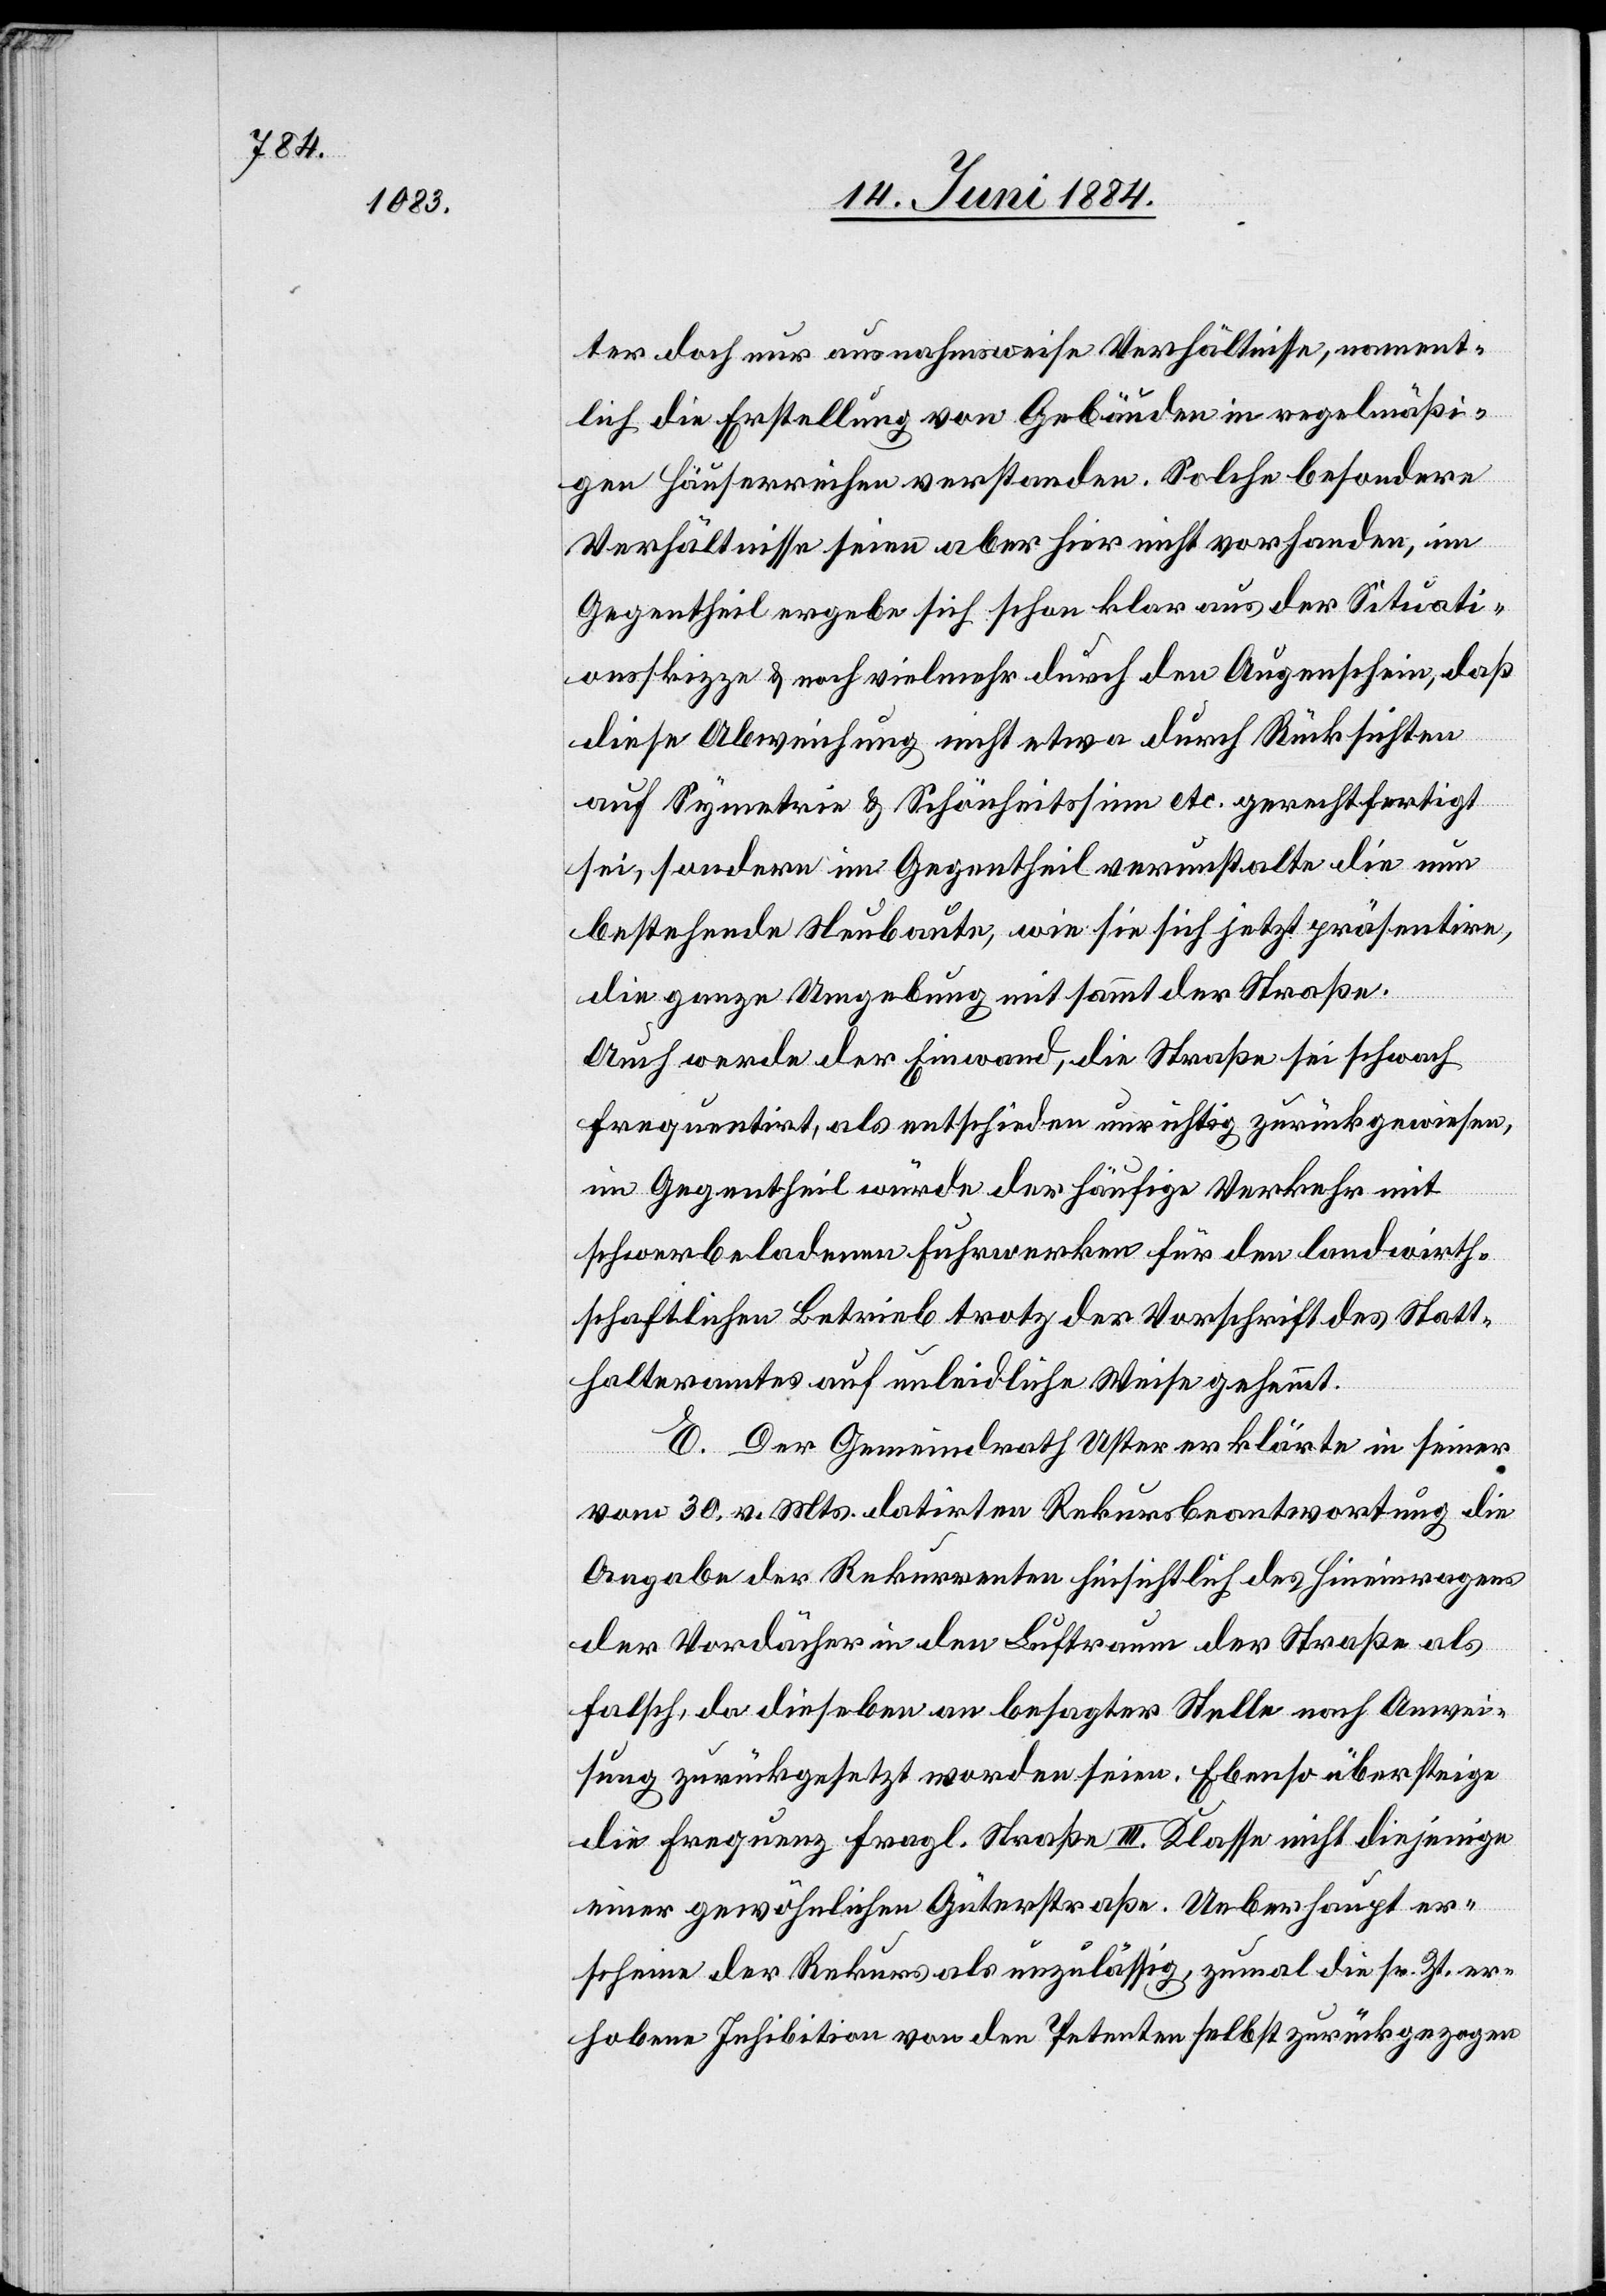
ter doch nur ausnahmsweise Verhältnisse, nament¬
lich die Erstellung von Gebäuden in regelmäßi¬
gen Häuserreihen verstanden. Solche besondere
Verhältnisse seien aber hier nicht vorhanden, im
Gegentheil ergebe sich schon klar aus der Situati¬
onsskizze & noch vielmehr durch den Augenschein, daß
diese Abweichung nicht etwa durch Rücksichten
auf Symetrie & Schönheitssinn etc. gerechtfertigt
sei, sondern im Gegentheil verunstalte die nun
bestehende Neubaute, wie sie sich jetzt präsentire,
die ganze Umgebung mit sammt der Straße.
Auch werde der Einwand, die Straße sei schwach
frequentirt, als entschieden unrichtig zurückgewiesen,
im Gegentheil würde der häufige Verkehr mit
schwerbeladenen Fuhrwerken für den landwirth¬
schaftlichen Betrieb trotz der Vorschrift des Statt¬
halteramtes auf unleidliche Weise gehemmt.
E. Der Gemeindrath Uster erklärte in seiner
vom 30. v. Mts. datirten Rekursbeantwortung die
Angabe der Rekurrenten hinsichtlich des Hineinragens
der Vordächer in den Luftraum der Straße als
falsch, da diese[l]ben an besagter Stelle nach Anwei¬
sung zurückgesetzt worden seien. Ebenso übersteige
die Frequenz fragl. Straße III. Klasse nicht diejenige
einer gewöhnlichen Güterstraße. Ueberhaupt er¬
scheine der Rekurs als unzulässig, zumal die sr. Zt. er¬
hobene Inhibition von den Petenten selbst zurückgezogen